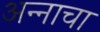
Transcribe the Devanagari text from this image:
अन्‍नाचा